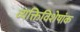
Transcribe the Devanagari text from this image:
व्यक्तिविशेषांक